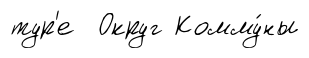
тур'е Округ Комму́ны